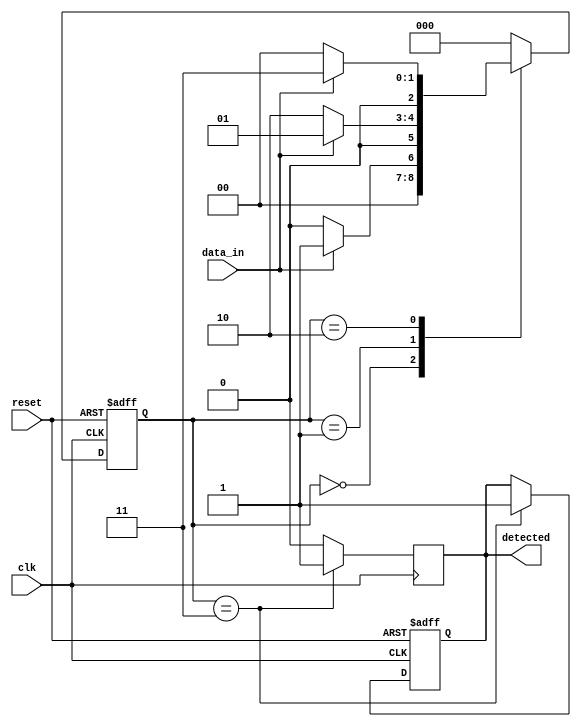
module pattern_detector (
    input wire clk,           // Clock signal
    input wire reset,         // Reset signal
    input wire data_in,       // Input data signal
    output reg detected       // Output signal indicating pattern detection
);

    // Define states for the pattern detection
    reg [2:0] state;         // State register (3 bits for a 3-state machine)
    
    // State encoding for detecting the pattern '101'
    localparam S0 = 3'b000;  // Initial state
    localparam S1 = 3'b001;  // Detected '1'
    localparam S2 = 3'b010;  // Detected '10'
    localparam S3 = 3'b011;  // Detected '101' (Pattern found)

    // Sequential logic for state transitions
    always @(posedge clk or posedge reset) begin
        if (reset) begin
            state <= S0;     // Reset state
            detected <= 0;   // Clear detected output
        end else begin
            case (state)
                S0: begin
                    if (data_in) 
                        state <= S1;  // Transition to S1 on '1'
                    else 
                        state <= S0;  // Stay in S0 on '0'
                end
                S1: begin
                    if (data_in) 
                        state <= S1;  // Stay in S1 on '1'
                    else 
                        state <= S2;  // Transition to S2 on '0'
                end
                S2: begin
                    if (data_in) 
                        state <= S3;  // Transition to S3 on '1'
                    else 
                        state <= S0;  // Go back to S0 on '0'
                end
                S3: begin
                    detected <= 1;   // Pattern detected
                    state <= S0;     // Go back to S0 for new detection
                end
                default: state <= S0; // Default to initial state
            endcase
        end
    end
    
    // Output logic
    always @(posedge clk) begin
        if (state == S3) begin
            detected <= 1;   // Assert detected when in S3
        end else begin
            detected <= 0;   // Clear detected otherwise
        end
    end
endmodule